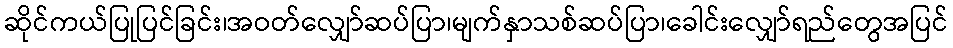
ဆိုင်ကယ်ပြုပြင်ခြင်း၊အဝတ်လျှော်ဆပ်ပြာ၊မျက်နှာသစ်ဆပ်ပြာ၊ခေါင်းလျှော်ရည်တွေအပြင်